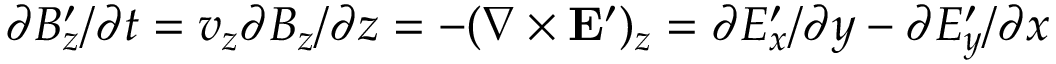
\partial B _ { z } ^ { \prime } / \partial t = v _ { z } \partial B _ { z } / \partial z = - ( \nabla \times \mathbf { E ^ { \prime } } ) _ { z } = \partial E _ { x } ^ { \prime } / \partial y - \partial E _ { y } ^ { \prime } / \partial x